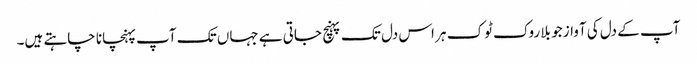
آپ کے دل کی آواز جو بلا روک ٹوک ہر اس دل تک پہنچ جاتی ہے جہاں تک آپ پہنچانا چاہتے ہیں۔